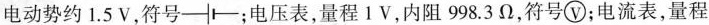
电动势约1.5V，符号-|I-；电压表，量程1V，内阻998.3Ω，符号\bigcirc{V}；电流表，量程